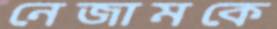
নেজামকে